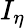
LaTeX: I_{\eta}